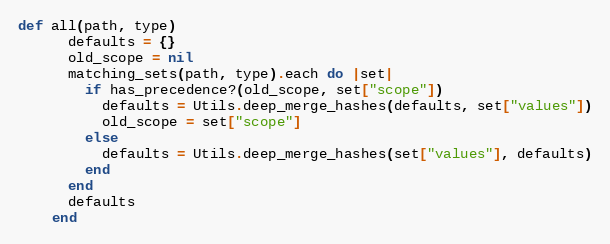
Language: Ruby
def all(path, type)
      defaults = {}
      old_scope = nil
      matching_sets(path, type).each do |set|
        if has_precedence?(old_scope, set["scope"])
          defaults = Utils.deep_merge_hashes(defaults, set["values"])
          old_scope = set["scope"]
        else
          defaults = Utils.deep_merge_hashes(set["values"], defaults)
        end
      end
      defaults
    end